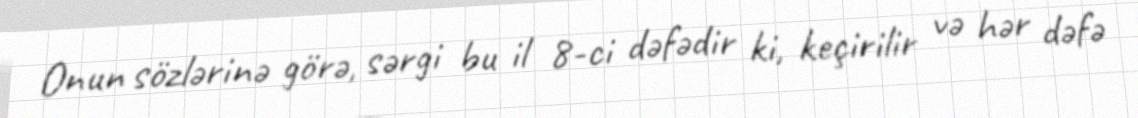
Onun sözlərinə görə, sərgi bu il 8-ci dəfədir ki, keçirilir və hər dəfə